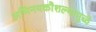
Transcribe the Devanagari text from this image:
अभिनयकौशल्यामुळे